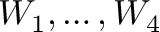
W _ { 1 } , \dots , W _ { 4 }